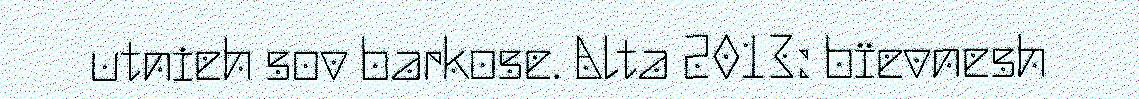
utnieh sov barkose. Alta 2013: bïevnesh